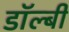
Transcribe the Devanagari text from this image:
डाॅल्बी